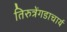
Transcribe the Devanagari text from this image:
तिरुत्रेंगडाचार्य